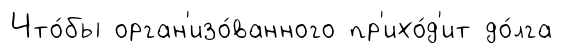
Что́бы орган'изо́ванного пр'ихо́д'ит до́лга